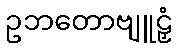
ဥဘတောဗျူဠှံ